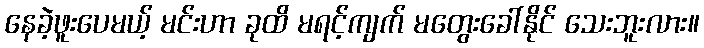
နေခဲ့ဖူးပေမယ့် မင်းဟာ ခုထိ မရင့်ကျက် မတွေးခေါ်နိုင် သေးဘူးလား။